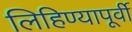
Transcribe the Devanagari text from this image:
लिहिण्‍यापूर्वी